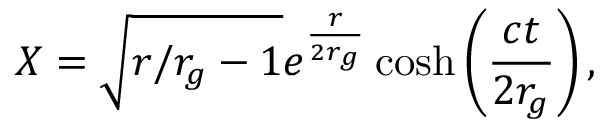
X = \sqrt { r / r _ { g } - 1 } e ^ { \frac { r } { 2 r _ { g } } } \cosh \left( \frac { c t } { 2 r _ { g } } \right) ,